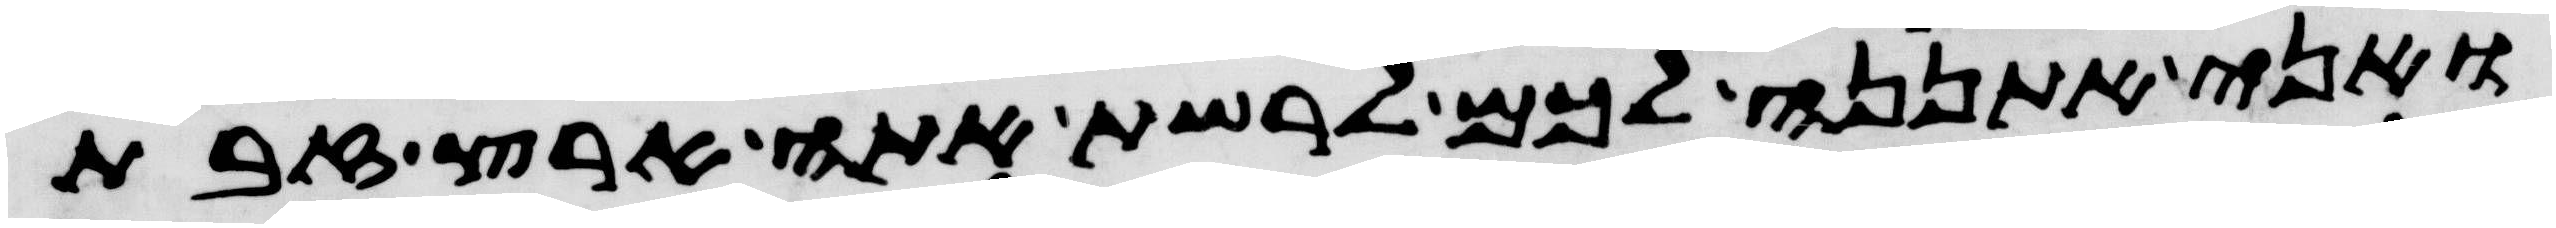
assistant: ואני אתננה לכם לרשת אתה ארץ זבת